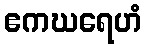
ဧကဃရေဟံ